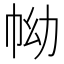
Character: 𢂊